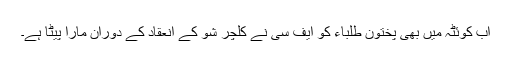
اب کوئٹہ میں بھی پختون طلباء کو ایف سی نے کلچر شو کے انعقاد کے دوران مارا پیٹا ہے۔